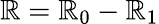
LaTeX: \mathbb{R}=\mathbb{R}_{0}-\mathbb{R}_{1}